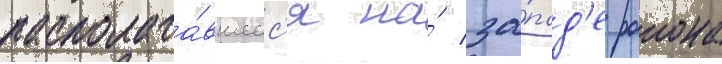
располага́вшеес'я на́ за́пад'е раиона